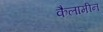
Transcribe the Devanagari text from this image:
कैलामीन